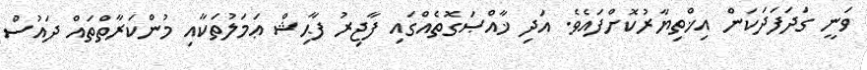
ވަނީ ގަދަފަދަކަން އިޚްތިޔާރުކޮށްފައެވެ. އަދި ޚާއްޞަގޮތެއްގައި ފާޖިރު ފާޙިޝް ޢަމަލުތަކާއި މުންކަރާތްތައް ދައުސް